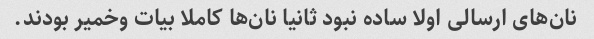
نان‌های ارسالی اولا ساده نبود ثانیا نان‌ها کاملا بیات وخمیر بودند.